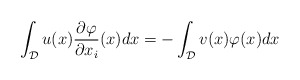
\begin{align*} \int_{\mathcal{D}} u(x)\frac{\partial\varphi}{\partial x_i}(x)dx = - \int_{\mathcal{D}} v(x)\varphi(x)dx\end{align*}